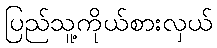
ပြည်သူ့ကိုယ်စားလှယ်